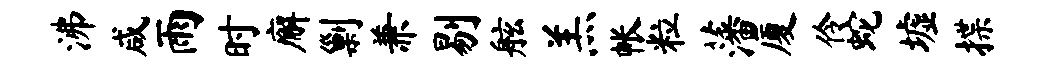
沸咸雨时廨剿兼剔舷羔帐粒藩厦伶蛇墟揲